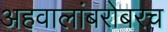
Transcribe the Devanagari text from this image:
अहवालांबरोबरच